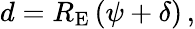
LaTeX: d={{R}_{\mathrm{E}}}\left(\psi+\delta\right)\, ,